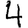
Digit: 4